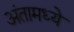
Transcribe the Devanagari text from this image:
अंतामध्ये